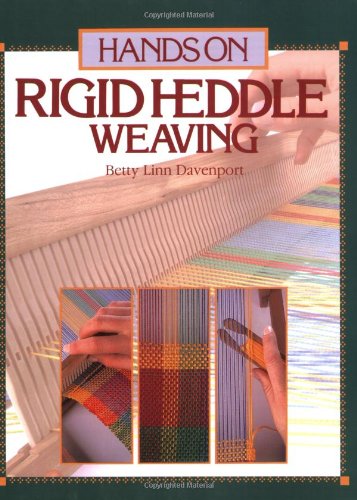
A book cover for Hands on Rigid Heddle Weaving (Hands on S); Betty Linn Davenport; Crafts, Hobbies & Home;